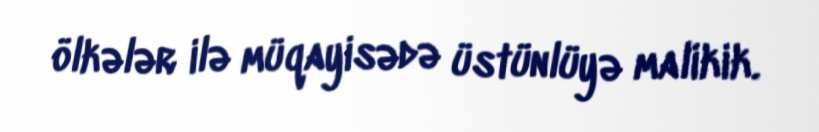
ölkələr ilə müqayisədə üstünlüyə malikik.